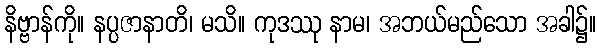
နိဗ္ဗာန်ကို။ နပ္ပဇာနာတိ၊ မသိ။ ကုဒဿု နာမ၊ အဘယ်မည်သော အခါ၌။